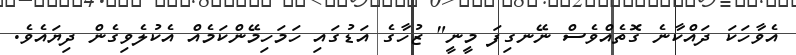
އެވާހަކަ ދައްކާނެ ގޮތެއްވެސް ނޭނގިފަ މީނީ" ޒުހާގެ އަޑުގައި ހަމަހިމޭންކަމެއް އެކުލެވިގެން ދިޔައެވެ.